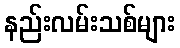
နည်းလမ်းသစ်များ